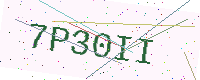
Text: 7P30II